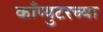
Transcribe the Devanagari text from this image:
काँप्युटरच्या